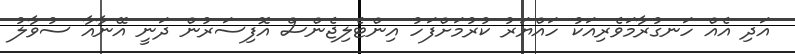
އަދި އެއް ހަނގުރާމަވެރިއަކު ހައްޔަރު ކުރުމަށްފަހު އިންޓެލިޖެންސް އޮފިސަރުން ދަނީ އޭނާއާ ސުވާލު